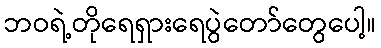
ဘဝရဲ့တိုရေရှားရေပွဲတော်တွေပေါ့။